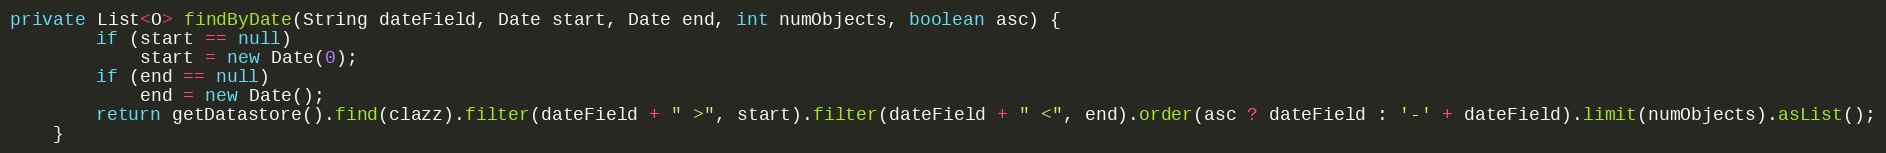
Language: Java
private List<O> findByDate(String dateField, Date start, Date end, int numObjects, boolean asc) {
        if (start == null)
            start = new Date(0);
        if (end == null)
            end = new Date();
        return getDatastore().find(clazz).filter(dateField + " >", start).filter(dateField + " <", end).order(asc ? dateField : '-' + dateField).limit(numObjects).asList();
    }